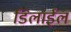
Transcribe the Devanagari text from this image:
डिलाईल